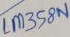
Text: LM358N